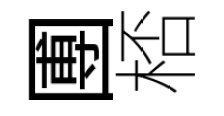
圑桮